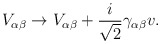
\begin{align*}V_{\alpha\beta}\rightarrow V_{\alpha\beta}+\frac{i}{\sqrt{2}}\gamma_{\alpha\beta}v .\end{align*}